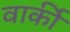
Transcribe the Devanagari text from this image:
वार्की